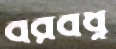
বরবধূ